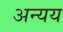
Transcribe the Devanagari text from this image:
अन्यय